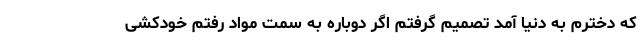
که دخترم به دنیا آمد تصمیم گرفتم اگر دوباره به سمت مواد رفتم خودکشی